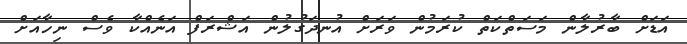
އަޑަށް ބާރުލާން މަސަތްކަތް ކުރަމުން ވަރަށް އުނދަގުލުން އަޝްރަފް އަނެއްކާ ވެސް ނިހާއަށް